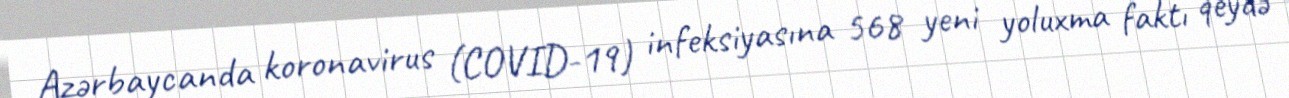
Azərbaycanda koronavirus (COVID-19) infeksiyasına 568 yeni yoluxma faktı qeydə